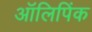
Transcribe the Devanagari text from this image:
ऑलिपिंक